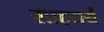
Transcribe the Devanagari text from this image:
साहयर्य